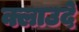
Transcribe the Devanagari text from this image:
क्लाउदे